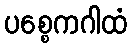
ပစ္စေကဂါထံ